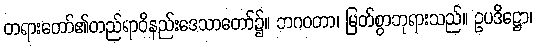
တရားတော်၏တည်ရာဝိနည်းဒေသာတော်၌။ ဘဂဝတာ၊ မြတ်စွာဘုရားသည်။ ဥပဒိဋ္ဌော၊